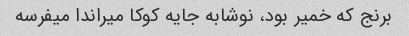
برنج که خمیر بود، نوشابه جایه کوکا میراندا میفرسه